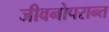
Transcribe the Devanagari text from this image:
जीवनोपरान्त